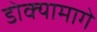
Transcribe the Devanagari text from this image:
डोक्यामागे